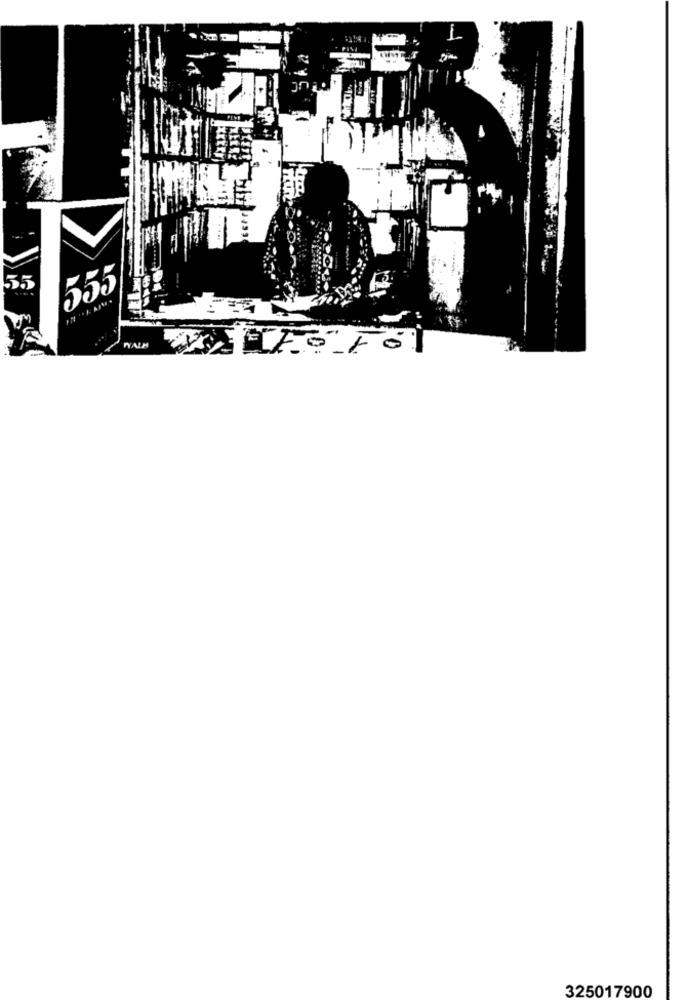
55
555
Fol
325017900